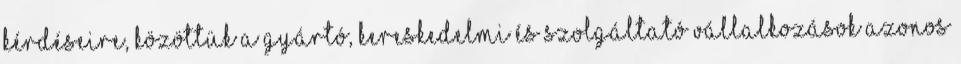
kérdéseire, közöttük a gyártó, kereskedelmi és szolgáltató vállalkozások azonos